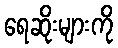
ရေဆိုးများကို